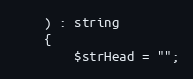
Language: PHP
    ) : string
    {
        $strHead = "";